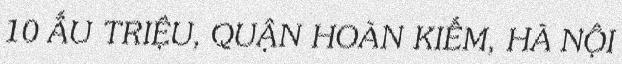
10 ẤU TRIỆU, QUẬN HOÀN KIẾM, HÀ NỘI